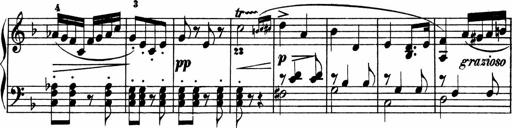
Title: 2 instructive Sonatinen
Composer: Paul Schumacher